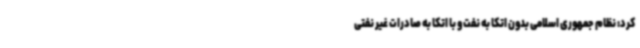
کرد: نظام جمهوری اسلامی بدون اتکا به نفت و با اتکا به صادرات غیر نفتی